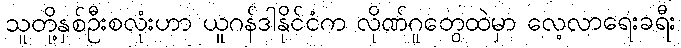
သူတို့နှစ်ဦးစလုံးဟာ ယူဂန်ဒါနိုင်ငံက လိုဏ်ဂူတွေထဲမှာ လေ့လာရေးခရီး